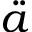
\Ddot { a }